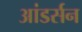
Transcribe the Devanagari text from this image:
आंडर्सन